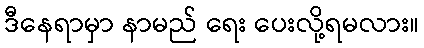
ဒီနေရာမှာ နာမည် ရေး ပေးလို့ရမလား။